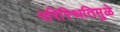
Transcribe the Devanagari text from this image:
परिस्थितिमुळे